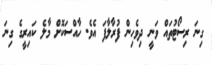
ގިނަ ރިސޯޓުތައް ވަނީ ދިވެހިން ފުރާލާފަ އެވެ. ހާއްސަކޮށް މާލެ ކައިރީގެ ގިނަ